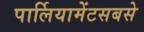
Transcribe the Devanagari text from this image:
पार्लियामेंटसबसे